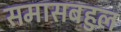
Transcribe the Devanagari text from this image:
समासबहुल